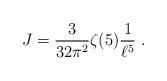
LaTeX: \begin{align*}J = {3\over 32\pi^2} \zeta(5) {1\over \ell^5} \ .\end{align*}